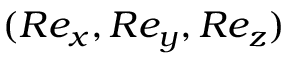
( R e _ { x } , R e _ { y } , R e _ { z } )